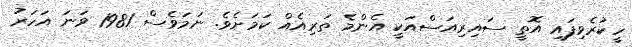
ހީކުރެވިފައި އޮތީ ސައިރިއަސްއަކީ އެންމެ ތަރިއެއް ކަމަށެވެ. ނަމަވެސް 1981 ވަނަ އަހަރު